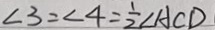
\angle 3 = \angle 4 = \frac { 1 } { 2 } \angle A C D